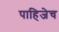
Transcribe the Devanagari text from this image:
पाहिजेच